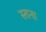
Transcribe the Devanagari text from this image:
स्तना